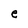
Character: e